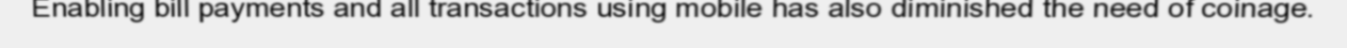
Enabling bill payments and all transactions using mobile has also diminished the need of coinage.